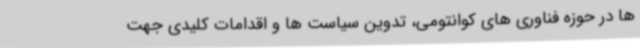
ها در حوزه فناوری های کوانتومی، تدوین سیاست ها و اقدامات کلیدی جهت